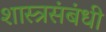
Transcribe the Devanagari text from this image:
शास्त्रसंबंधी